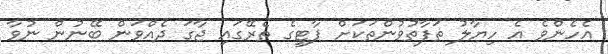
އެހެންވެ އެ ހިޔާލު ތަފާތުވުންތަކަށް ޕާޓީގެ ތެރޭގައި ޖާގަ ދެއްވަން ބޭނުން ނުވާ